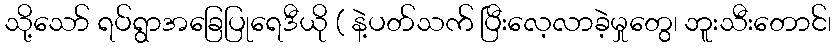
သို့သော် ရပ်ရွာအခြေပြုရေဒီယို ( နဲ့ပတ်သက် ပြီးလေ့လာခဲ့မှုတွေ၊ ဘူးသီးတောင်၊